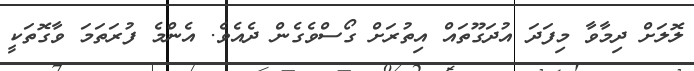
ލޮލަށް ދިމާވާ މިފަދަ އުދަގޫތައް އިތުރަށް ގޯސްވެގެން ދެއެވެ. އެންމެ ފުރަތަމަ ވާގޮތަކީ